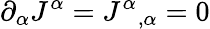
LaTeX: \partial_{\alpha}J^{\alpha}=J^{\alpha}{}_{,\alpha}=0